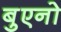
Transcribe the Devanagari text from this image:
बुएनो